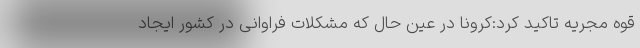
قوه مجریه تاکید کرد:کرونا در عین حال که مشکلات فراوانی در کشور ایجاد